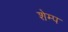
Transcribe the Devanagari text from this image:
शेम्प